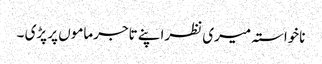
ناخواستہ میری نظراپنے تاجرماموں پر پڑی ۔